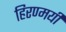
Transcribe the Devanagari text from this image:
हिरण्मयी